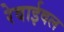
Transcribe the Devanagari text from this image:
रेवाईवल